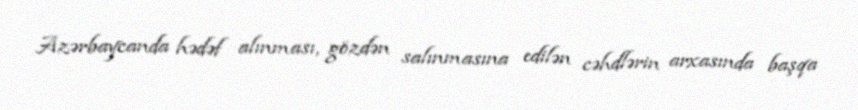
Azərbaycanda hədəf alınması, gözdən salınmasına edilən cəhdlərin arxasında başqa